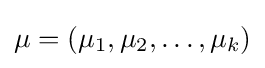
\mu =(\mu _{1},\mu _{2},\dots ,\mu _{k})